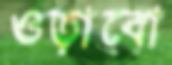
ওড়াবো